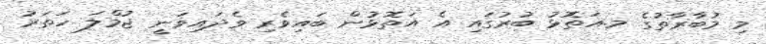
މި މުބާރާތުގެ މ.އަތޮޅު ބުރުގައި އެ އަތޮޅުން ބައިވެރި ވެދައިވަނީ ޖުމްލަ ހަތަރު